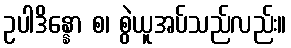
ဥပါဒိန္နော စ၊ စွဲယူအပ်သည်လည်း။